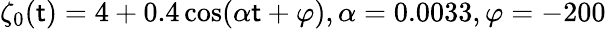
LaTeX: \zeta_{0}(\mathsf{t})=4+0.4\cos(\alpha\mathsf{t}+\varphi),\alpha=0.0033,\varphi=-200